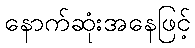
နောက်ဆုံးအနေဖြင့်